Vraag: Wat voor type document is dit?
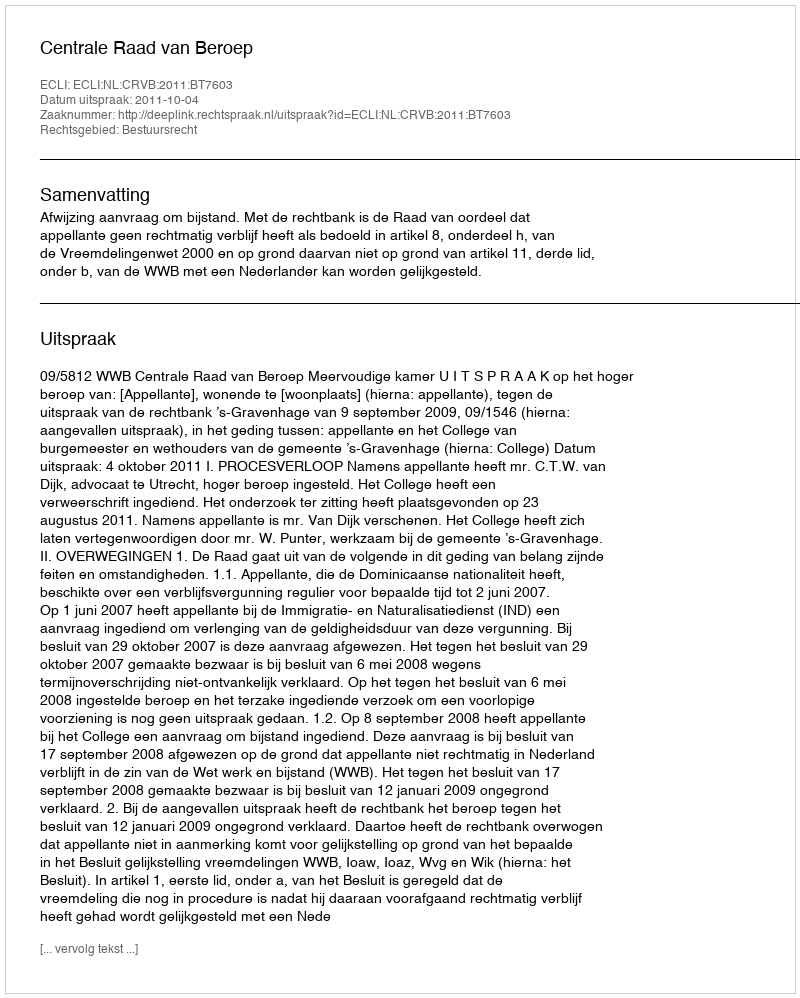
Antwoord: Uitspraak